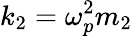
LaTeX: k_{2}=\omega_{p}^{2}m_{2}